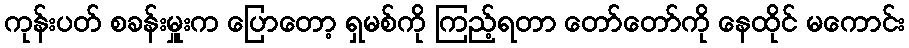
ကုန်းပတ် စခန်းမှူးက ပြောတော့ ရှမစ်ကို ကြည့်ရတာ တော်တော်ကို နေထိုင် မကောင်း